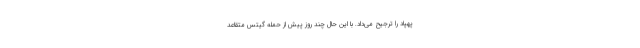
پهپاد را ترجیح می‌داد. با این حال چند روز پیش از حمله گیتس متقاعد